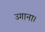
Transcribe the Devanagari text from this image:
उगाना।